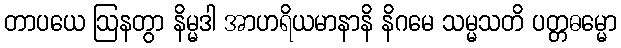
တာပယေ ဩနတွာ နိမ္မဒါ အာဟရိယမာနာနိ နိဂမေ သမ္မသတိ ပတ္တဓမ္မော